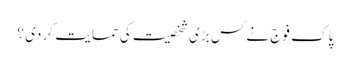
پا ک فوج نے کس بڑی شخصیت کی حما یت کر دی ؟